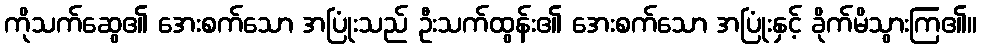
ကိုသက်ဆွေ၏ အေးစက်သော အပြုံးသည် ဦးသက်ထွန်း၏ အေးစက်သော အပြုံးနှင့် ခိုက်မိသွားကြ၏။